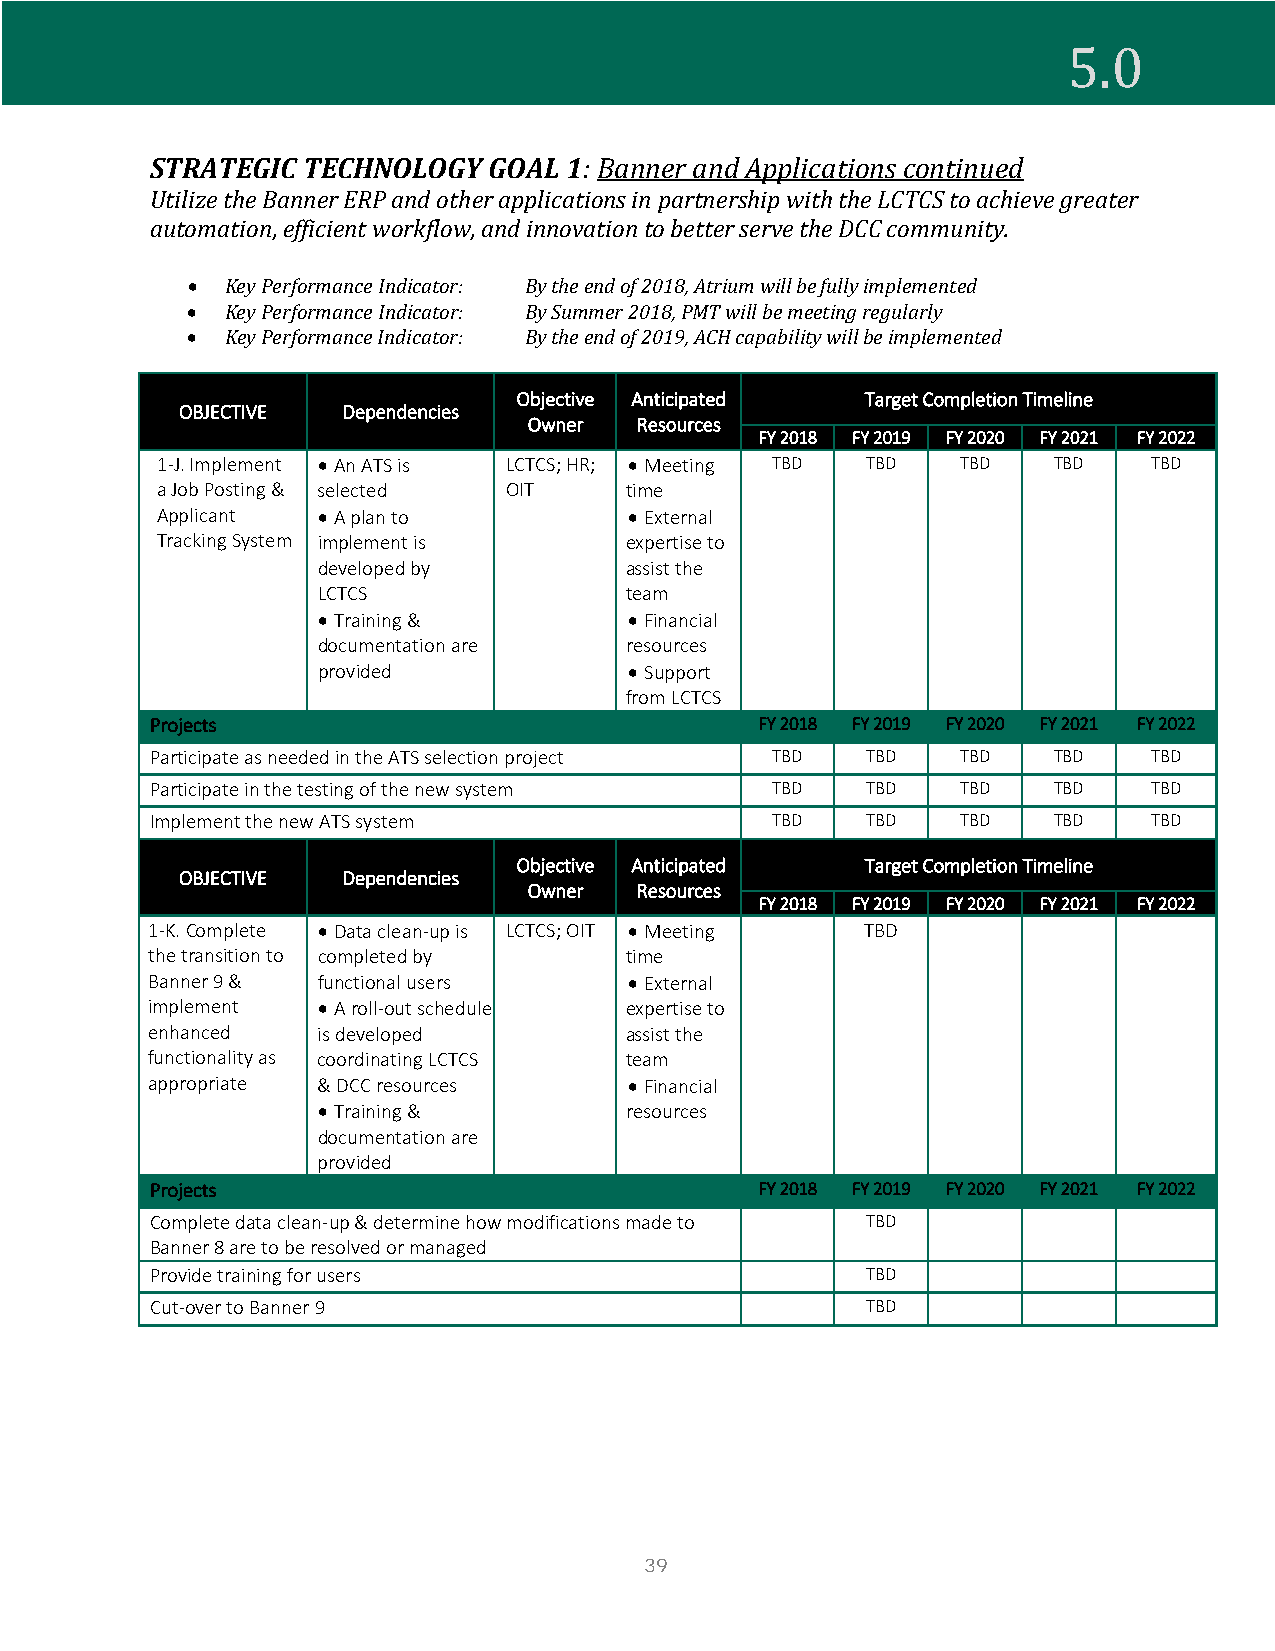
STRATEGIC TECHNOLOGY  GOAL  1: Banner and Applications continued
 5.0
 Utilize the Banner ERP and other applications in partnership with the LCTCS to achieve greater
 automation, efficient workflow, and innovation to better serve the DCC community.
 •  Key Performance Indicator: By the end of 2018, Atrium will be fully implemented
 •  Key Performance Indicator: By Summer 2018, PMT will be meeting regularly
 •  Key Performance Indicator: By the end of 2019, ACH capability will be implemented
 Objective Anticipated  Target Completion Timeline
 OBJECTIVE  Dependencies
 Owner  Resources
 FY 2018 FY 2019 FY 2020 FY 2021 FY 2022
 1-J. Implement • An ATS is LCTCS; HR; • Meeting TBD TBD TBD TBD   TBD
 a Job Posting & selected OIT   time
 Applicant  • A plan to          • External
 Tracking System implement is   expertise to
 developed by        assist the
 LCTCS               team
 • Training &         • Financial
 documentation are   resources
 provided             • Support
 from LCTCS
 Projects                                FY 2018 FY 2019 FY 2020 FY 2021 FY 2022
 Participate as needed in the ATS selection project TBD TBD TBD TBD TBD
 Participate in the testing of the new system TBD TBD  TBD   TBD   TBD
 Implement the new ATS system             TBD   TBD    TBD   TBD   TBD
 Objective Anticipated  Target Completion Timeline
 OBJECTIVE  Dependencies
 Owner  Resources
 FY 2018 FY 2019 FY 2020 FY 2021 FY 2022
 1-K. Complete • Data clean-up is LCTCS; OIT • Meeting TBD
 the transition to completed by time
 Banner 9 & functional users     • External
 implement  • A roll-out schedule expertise to
 enhanced   is developed        assist the
 functionality as coordinating LCTCS team
 appropriate & DCC resources     • Financial
 • Training &        resources
 documentation are
 provided
 Projects                                FY 2018 FY 2019 FY 2020 FY 2021 FY 2022
 Complete data clean-up & determine how modifications made to TBD
 Banner 8 are to be resolved or managed
 Provide training for users                     TBD
 Cut-over to Banner 9                           TBD
 39